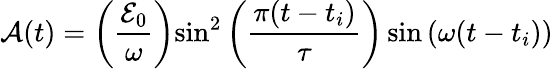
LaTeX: \mathcal{A}(t)=\left(\frac{{{\mathcal{E}}_{0}}}{\omega}\right){{\sin}^{2}}\left(\frac{\pi(t-{{t}_{i}})}{\tau}\right)\sin\left(\omega(t-{{t}_{i}})\right)